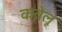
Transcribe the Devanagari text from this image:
कवेलू